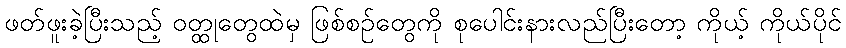
ဖတ်ဖူးခဲ့ပြီးသည့် ဝတ္ထုတွေထဲမှ ဖြစ်စဉ်တွေကို စုပေါင်းနားလည်ပြီးတော့ ကိုယ့် ကိုယ်ပိုင်